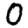
Digit: 0